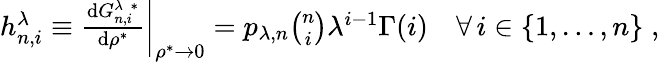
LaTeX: \begin{array}{r}{h_{n,i}^{\lambda}\equiv\left.\frac{\mathrm{d}G_{n,i}^{\lambda\; *}}{\mathrm{d}\rho^{*}}\right|_{\rho^{*}\to 0}=p_{\lambda,n}\binom{n}{i}\lambda^{i-1}\Gamma(i)\quad\forall\, i\in\lbrace 1,\dots,n\rbrace\; ,}\end{array}